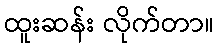
ထူးဆန်း လိုက်တာ။